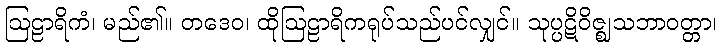
ဩဠာရိကံ၊ မည်၏။ တဒေဝ၊ ထိုဩဠာရိကရုပ်သည်ပင်လျှင်။ သုပ္ပဋိဝိဇ္ဈသဘာဝတ္တာ၊